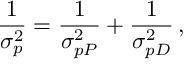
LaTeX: \frac { 1 } { \sigma _ { p } ^ { 2 } } = \frac { 1 } { \sigma _ { p \SS P } ^ { 2 } } + \frac { 1 } { \sigma _ { p \SS D } ^ { 2 } } \, ,